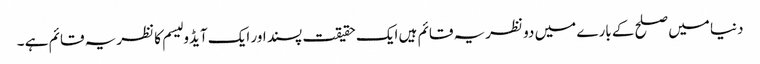
دنیا میں صلح کے بارے میں دو نظریہ قائم ہیں ایک حقیقت پسند اور ایک آیڈو لیسم کا نظریہ قائم ہے ۔